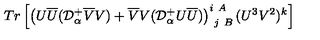
T r \left[ \left( U \overline { { U } } ( { \cal D } _ { \alpha } ^ { + } \overline { { V } } V ) + \overline { { V } } V ( { \cal D } _ { \alpha } ^ { + } U \overline { { U } } ) \right) _ { \ j \ B } ^ { i \ A } ( U ^ { 3 } V ^ { 2 } ) ^ { k } \right]